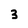
Character: 3